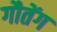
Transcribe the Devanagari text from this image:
गौतेंग